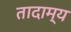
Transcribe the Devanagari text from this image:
तादाम्य